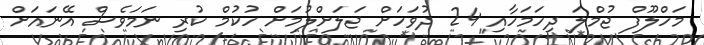
މަހްލޫފް ޖުމްލަ ދިހަމަހާއި 24 ދުވަހަށް ޖަލަށްލުމަށް ހުކުމް ކުރި ނަމަވެސް އޭނައަށް